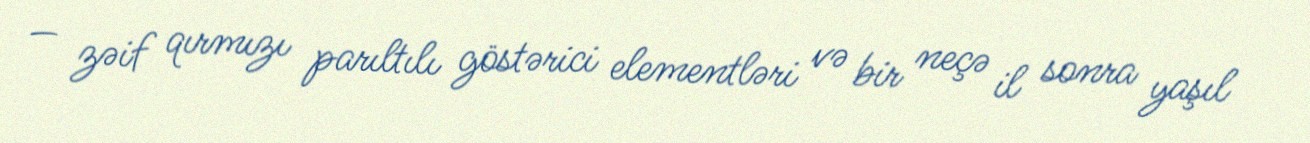
— zəif qırmızı parıltılı göstərici elementləri və bir neçə il sonra yaşıl